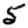
Digit: 5